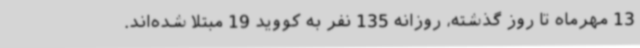
13 مهرماه تا روز گذشته، روزانه 135 نفر به کووید 19 مبتلا شده‌اند.